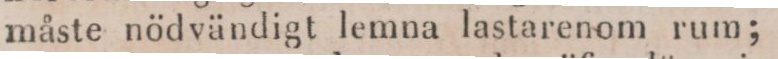
måste nödvändigt lemna lastarenom rum;